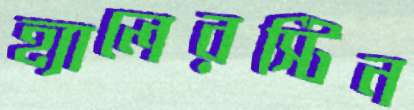
হ্যালেরস্টিন